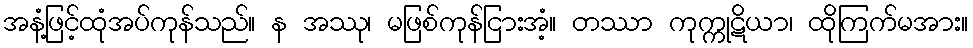
အနံ့ဖြင့်ထုံအပ်ကုန်သည်။ န အဿု၊ မဖြစ်ကုန်ငြားအံ့။ တဿာ ကုက္ကုဋိယာ၊ ထိုကြက်မအား။